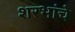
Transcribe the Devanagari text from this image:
शरभांचे